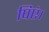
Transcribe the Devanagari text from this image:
पिएं।